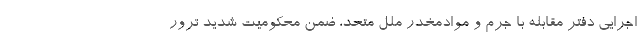
اجرایی دفتر مقابله با جرم و موادمخدر ملل متحد، ضمن محکومیت شدید ترور